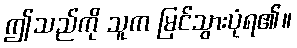
ဤသည်ကို သူက မြင်သွားပုံရ၏။